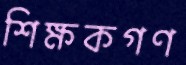
শিক্ষকগণ